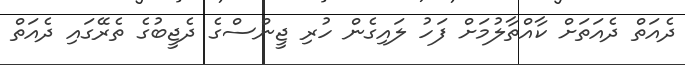
ދެއަތް ދެއަތަށް ކާއްތާލުމަށް ފަހު ލައިގެން ހުރި ޖީންސްގެ ދެޖީބުގެ ތެރޭގައި ދެއަތް